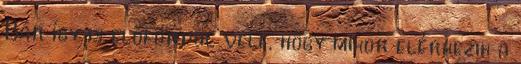
Bár így is előfordul vele, hogy mikor elérkezik a